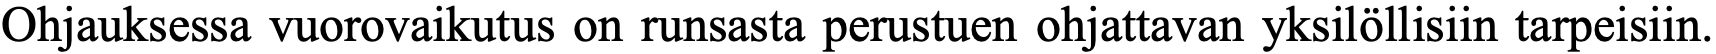
Ohjauksessa vuorovaikutus on runsasta perustuen ohjattavan yksilöllisiin tarpeisiin.